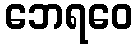
ဘေရဝေ